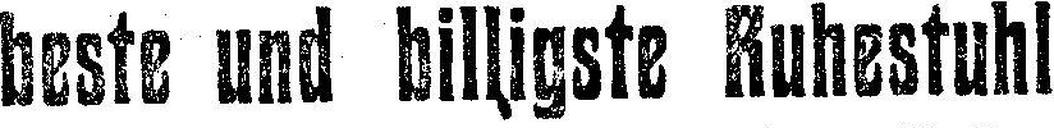
beste und billigste Ruhestuhl